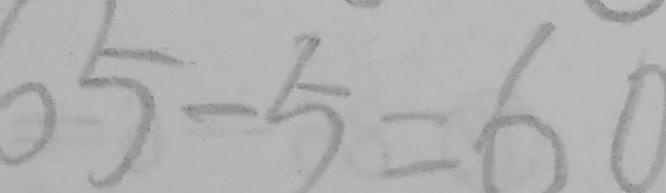
6 5 - 5 = 6 0